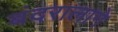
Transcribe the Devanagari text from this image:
बंदरालागे